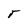
Character: T